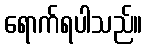
ရောက်ရပါသည်။